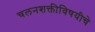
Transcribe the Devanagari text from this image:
चलनशक्तीविषयीचे